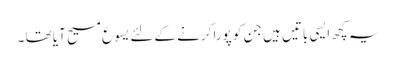
یہ کچھ ایسی باتیں ہیں جن کو پورا کرنے کےلئے یسوع مسیح آیا تھا ۔